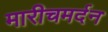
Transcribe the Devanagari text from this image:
मारीचमर्दन